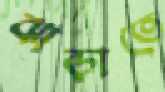
ঝাড়াতে